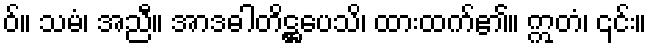
ဝ်။ သမံ၊ အညီ။ အာဒဓါတိဋ္ဌပေသိ၊ ထားထက်၏။ ဣတံ၊ ၎င်း။